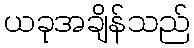
ယခုအချိန်သည်